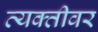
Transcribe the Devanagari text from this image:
व्‍यक्‍तीवर